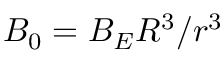
B _ { 0 } = B _ { E } R ^ { 3 } / r ^ { 3 }